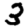
Digit: 3